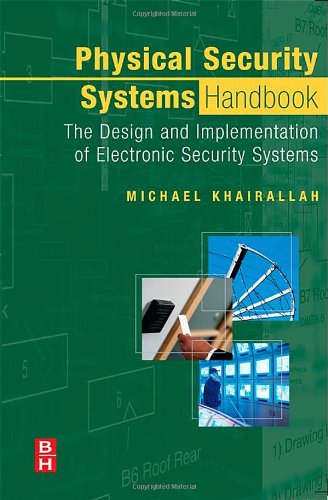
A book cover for Physical Security Systems Handbook: The Design and Implementation of Electronic Security Systems; Michael Khairallah; Business & Money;